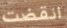
انقضت